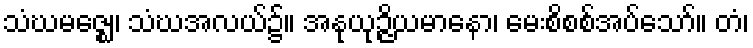
သံဃမဇ္ဈေ၊ သံဃအလယ်၌။ အနုယုဉ္ဇိယမာနော၊ မေးစိစစ်အပ်သော်။ တံ၊